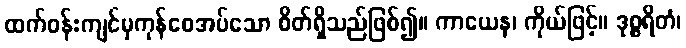
ထက်ဝန်းကျင်မှကုန်စေအပ်သော စိတ်ရှိသည်ဖြစ်၍။ ကာယေန၊ ကိုယ်ဖြင့်။ ဒုစ္စရိတံ၊